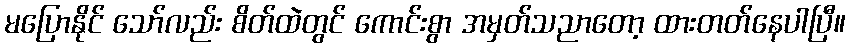
မပြောနိုင် သော်လည်း စိတ်ထဲတွင် ကောင်းစွာ အမှတ်သညာတော့ ထားတတ်နေပါပြီ။